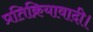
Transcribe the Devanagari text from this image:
प्रतिक्रियावादी।